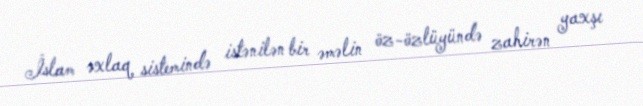
İslam əxlaq sistemində istənilən bir əməlin öz-özlüyündə zahirən yaxşı